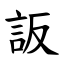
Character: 䛀